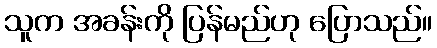
သူက အခန်းကို ပြန်မည်ဟု ပြောသည်။